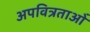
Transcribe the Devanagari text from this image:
अपवित्रताओं